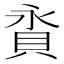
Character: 𧵕